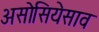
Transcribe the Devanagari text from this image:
असोसियेसाव